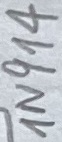
Text: 1N914